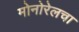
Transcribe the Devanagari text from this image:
मोनोरेलचा